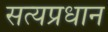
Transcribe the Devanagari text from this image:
सत्यप्रधान